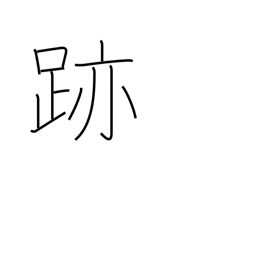
Meaning: mark